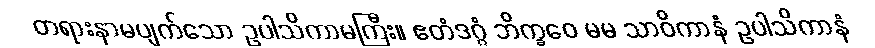
တရားနာမပျက်သော ဥပါသိကာမကြီး။ ဧတံဒဂ္ဂံ ဘိက္ခဝေ မမ သာဝိကာနံ ဥပါသိကာနံ